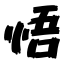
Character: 悟